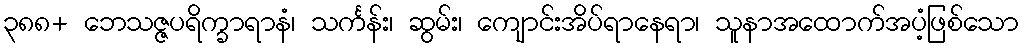
၃၈၈+ ဘေသဇ္ဇပရိက္ခာရာနံ၊ သင်္ကန်း၊ ဆွမ်း၊ ကျောင်းအိပ်ရာနေရာ၊ သူနာအထောက်အပံ့ဖြစ်သော